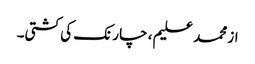
از محمد علیم ، چارنک کی کشتی۔